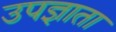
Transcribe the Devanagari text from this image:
उपज्ञाता